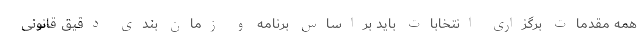
همه مقدمات برگزاری انتخابات باید براساس برنامه و زمان بندی دقیق قانونی